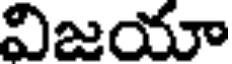
విజయా